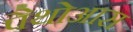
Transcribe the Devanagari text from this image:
पैथोआस